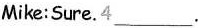
Mike:Sure.4____.